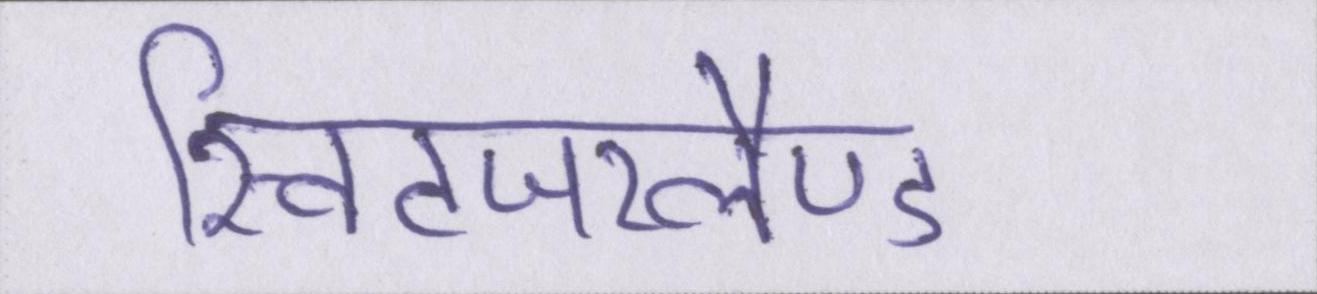
स्विटजरलैण्ड